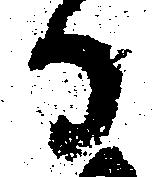
日